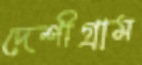
দেশীগ্রাম